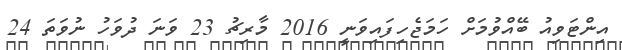
އިންޓަވިއު ބޭއްވުމަށް ހަމަޖެހިފައިވަނީ 2016 މާރިޗު 23 ވަނަ ދުވަހު ނުވަތަ 24